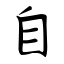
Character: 自